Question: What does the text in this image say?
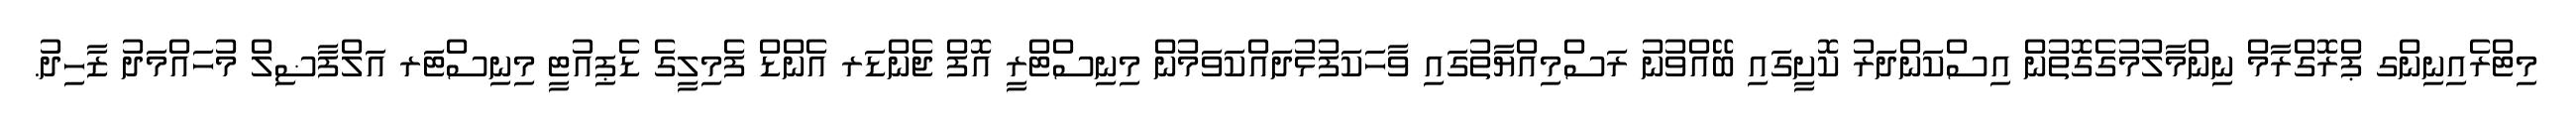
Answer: މިޓްރެއިނިންގ ޕްރޮގްރާމް ނިންމާލުމުގެގޮތުން އިސްކަންދަރު ކޮށީގައި ބޭއްވުނު ރަސްމިއްޔާތުގައި ވާހަކަފުޅުދައްކަވަމުން މިނިސްޓްރީ އޮފް ޖެންޑަރ އެންޑް ފެމިލީގެ ޑެޕިއުޓީ މިނިސްޓަރ އަލްފާޟިލް މުހައްމަދު ޒާހިދު.